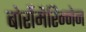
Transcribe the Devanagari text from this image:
बोर्रोमैरिन्नेन